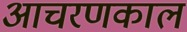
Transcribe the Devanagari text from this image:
आचरणकाल